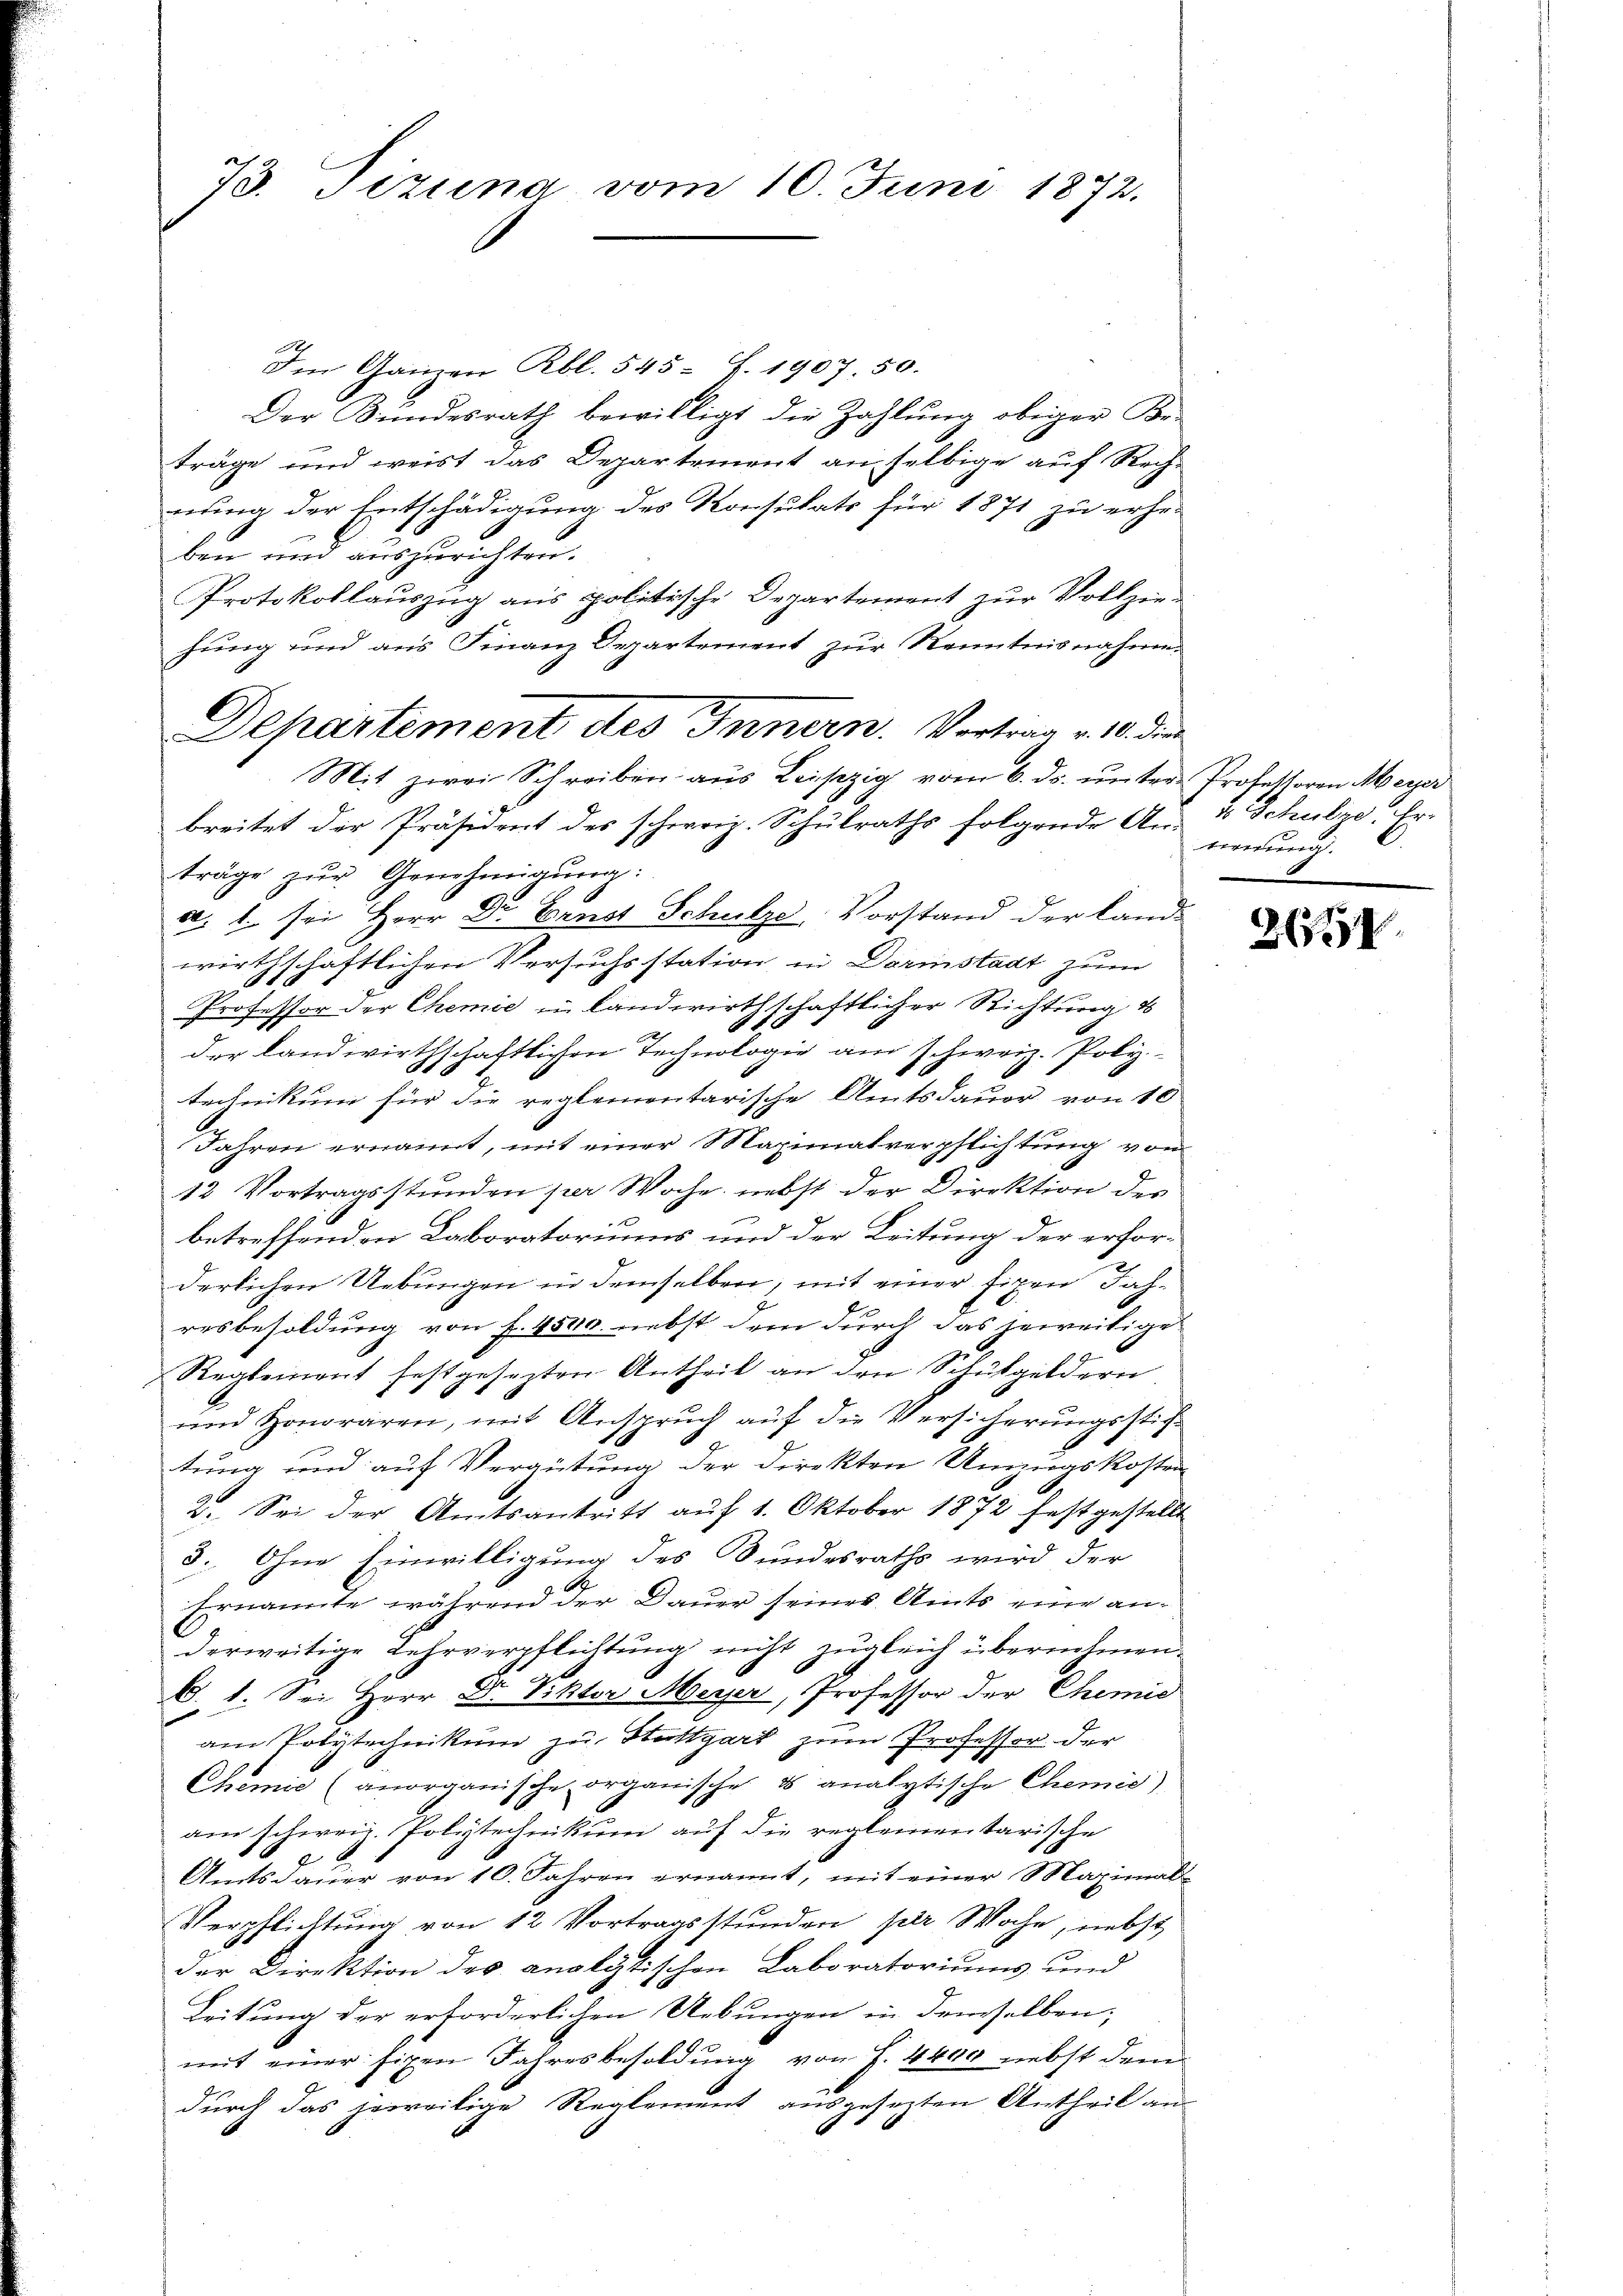
73. Tizuna vom 10. Juni 1872.

Im Ganzen Rbl. 545 f. 1907. 50.
Der Bundesrath bewilligt die Zahlŭng obiger Be-
träge und weist das Departement an selbige auf Rech-
nung der Entschädigung des Konsulats für 1871 zu erheben und auszurichten.
Protokollauszug aus politische Departement zur Vollzei-
hung und aus Finanz Departement zur Kenntnisnahmen
breitet der Präsident des schweiz. Schulraths folgende An- & Schulze, Er-
träge zŭr Genehmigŭng:
80. 1. sei Herr Dr. Ernst Schulze, Vorstand der Land-
wirthschaftlichen Versuchsstation in Darmstadt zum
Professor der Chemie in landwirthschaftlicher Richtung d
der landwirthschaftlichen Technologie am schweiz. Poly
technikum für die reglementarische Amtsdauer von 10
Jahren ernannt, mit einer Maximatverpflichtung vom
12 Vortragsstunden per Woche nebst der Direktion des
betreffenden Laboratoriums und der Leitung der erforderlichen Uebungen in demselben, mit einer fixen Jahresbesoldung von f. 4500. nebst dem durch das jeweitige
Reglement festgesezten Antheil an den Schulgeldern
und Honoraren, mit Anspruch auf die Versicherungsstiftung und auf Vergütung der Direkten Umzugskosten
2. Sei der Amtsantritt auf 1. Oktober 1872 festgestellt
3. Ohne Einwilligung des Bundesraths wird der
Ernannte während der Dauer seines Amts eine anderweitige Lehrverpflichtung nicht zugleich übernehmen.
B. 1. Sei Herr Dr. Viktor Meyer, Professor der Chemie
am Polytechnikum zu Stuttgart zum Professor der
Chemie (anorganische organische u analytische Chemis
am schweiz. Polytechnikum auf die reglementarische
Amtsdauer von 10. Jahren ernannt, mit einer Maximal-
Verpflichtung von 12 Vortragsstunden per Woche, nebst
der Direktion des analytischen Laboratoriums und
Leitung der erforderlichen Uebungen in demselben;
mit einer fixen Jahresbesoldung von f. 4400 nebst dem
durch das jeweilige Reglement ausgesezten Antheil an

Departement des Innern. Vortrag v. 10. die
Mit zwei Schreiben aŭs Leiszig vom 6. ds. ŭnter Professoren Meyer

wernung.

254